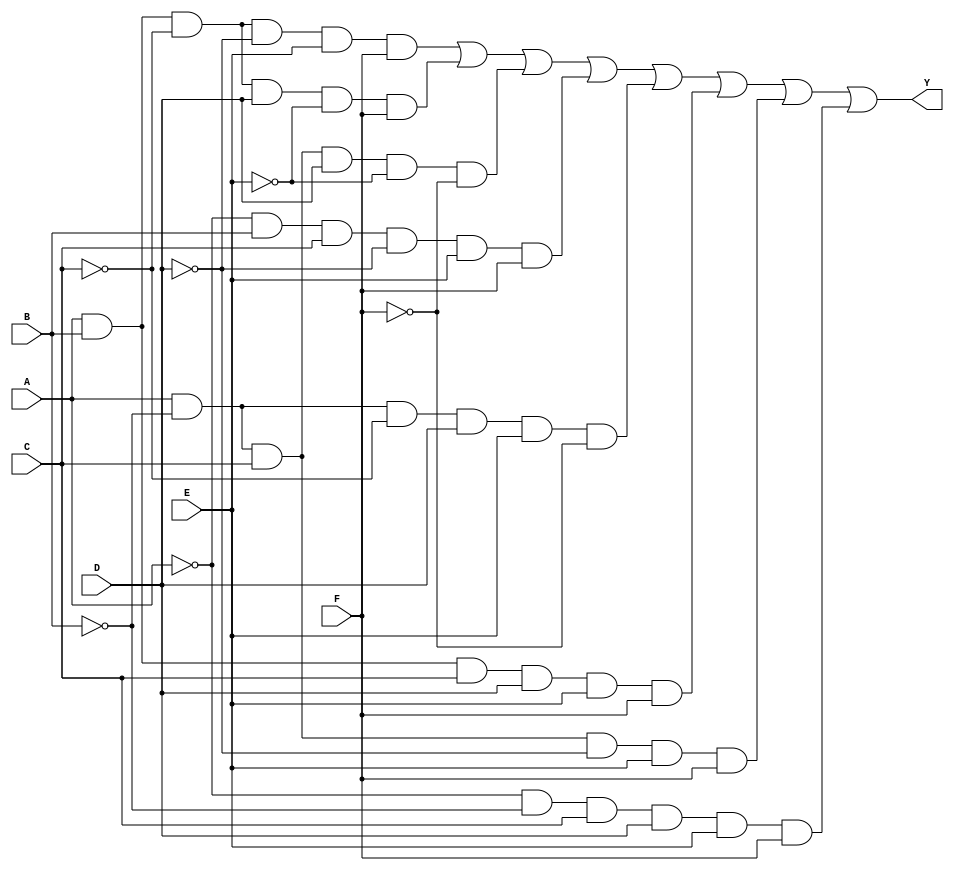
module six_variable_kmap (
    input wire A,  // Variable A
    input wire B,  // Variable B
    input wire C,  // Variable C
    input wire D,  // Variable D
    input wire E,  // Variable E
    input wire F,  // Variable F
    output wire Y  // Output Y
);

// K-map logic implementation
// The following logic is an example and should be modified based on your K-map simplification
assign Y = 
    (A & B & ~C & ~D & E & F) |  // Minterm 1
    (A & B & ~C & D & ~E & F) |  // Minterm 2
    (A & ~B & C & D & ~E & ~F) |  // Minterm 3
    (~A & B & C & ~D & E & F) |  // Minterm 4
    (A & ~B & ~C & D & E & ~F) |  // Minterm 5
    (A & B & C & D & E & F) |  // Minterm 6
    (A & ~B & C & ~D & E & F) |  // Minterm 7
    (~A & ~B & C & D & E & F);   // Minterm 8

// Note: The above minterms are just examples. You should replace them with the actual minterms
// derived from your K-map based on the specific function you are implementing.

endmodule